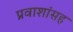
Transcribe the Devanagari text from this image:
प्रवाशांसह